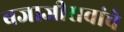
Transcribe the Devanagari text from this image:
बजाजीरावांचे